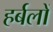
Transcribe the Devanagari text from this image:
हर्बलों